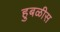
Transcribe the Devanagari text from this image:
हुबळीस